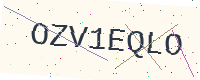
Text: OZV1EQLO